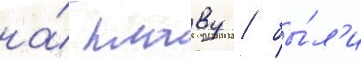
на́ плаву / бы́л'и